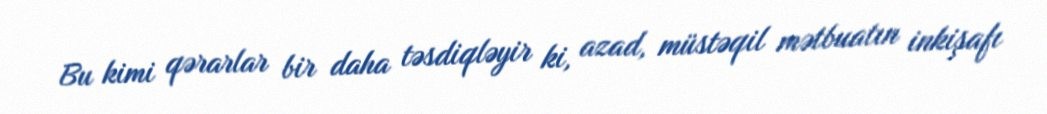
Bu kimi qərarlar bir daha təsdiqləyir ki, azad, müstəqil mətbuatın inkişafı